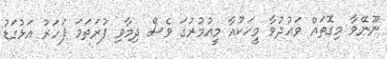
ނޫނޭވާ މިގޮތައް ވައުދުވާ މީހަކުއާ މީއުމުރުގަ ވެސް ދިމާވި ފުރަތަމަ ފަހަރު އަޅުގަޑު